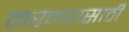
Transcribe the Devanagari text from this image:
करन्यासाठी